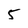
Character: 5